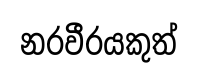
නරවීරයකුත්